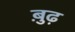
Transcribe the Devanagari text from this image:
बु़ढ़